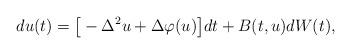
LaTeX: \begin{align*}d u(t) = \big[ - \Delta^2 u + \Delta \varphi(u) \big] dt + B(t,u) dW(t) ,\end{align*}